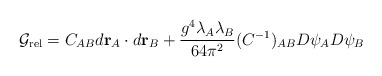
\begin{align*}{\cal G}_{\rm rel} = C_{AB}d{\bf r}_A\cdot d{\bf r}_B + \frac{g^4\lambda_A\lambda_B}{64\pi^2}(C^{-1})_{AB}D\psi_A D\psi_B\end{align*}